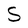
Character: S